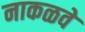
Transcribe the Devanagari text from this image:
नाकळवे